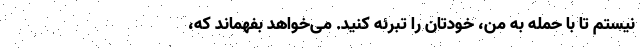
نیستم تا با حمله به من، خودتان را تبرئه کنید. می‌خواهد بفهماند که،